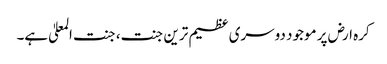
کرہ ارض پر موجود دوسری عظیم ترین جنت، جنت المعلیٰ ہے۔